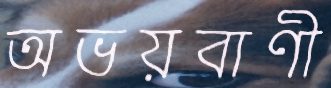
অভয়বাণী